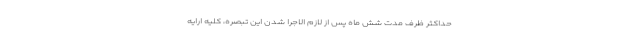
حداکثر ظرف مدت شش ماه پس از لازم الاجرا شدن این تبصره، کلیه ارایه